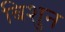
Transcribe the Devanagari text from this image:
बिशुन